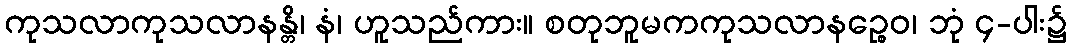
ကုသလာကုသလာနန္တိ၊ နံ၊ ဟူသည်ကား။ စတုဘူမကကုသလာနဉ္စေဝ၊ ဘုံ ၄-ပါး၌